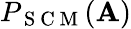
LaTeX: P_{\mathrm{~S~C~M~}}(\mathbf{A})